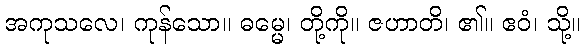
အကုသလေ၊ ကုန်သော။ ဓမ္မေ၊ တို့ကို။ ဇဟာတိ၊ ၏။ ဧဝံ၊ သို့။